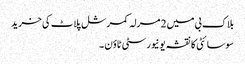
بلاک بی میں 2 مرلہ کمرشل پلاٹ کی خرید
سوسائٹی کا نقشہ یونیورسٹی ٹاؤن ۔